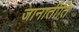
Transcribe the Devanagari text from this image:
जानातीति